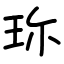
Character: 珎